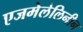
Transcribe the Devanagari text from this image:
एजमेलेलिनीन